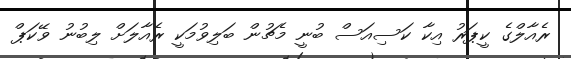
ރެއާލްގެ ކީޕަރު އިކާ ކަސިއަސް ބުނީ މެޗުން ބަލިވުމަކީ ރެއާލަށް ލިބުނު ވޭކަޕް